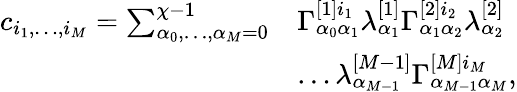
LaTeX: \begin{array}{rl}{c_{i_{1},\dots,i_{M}}=\sum_{\alpha_{0},\dots,\alpha_{M}=0}^{\chi-1}}&{\Gamma_{\alpha_{0}\alpha_{1}}^{[1]i_{1}}\lambda_{\alpha_{1}}^{[1]}\Gamma_{\alpha_{1}\alpha_{2}}^{[2]i_{2}}\lambda_{\alpha_{2}}^{[2]}}\\ &{\dots\lambda_{\alpha_{M-1}}^{[M-1]}\Gamma_{\alpha_{M-1}\alpha_{M}}^{[M]i_{M}},}\end{array}